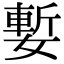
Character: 㜞